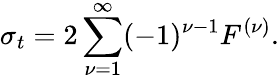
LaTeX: \sigma_{t}=2\sum_{\nu=1}^{\infty}(-1)^{\nu-1}F^{(\nu)}.